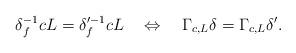
LaTeX: \begin{align*}\delta_f^{-1}c L=\delta_f'^{-1}c L\quad\Leftrightarrow\quad\Gamma_{c,L}\delta=\Gamma_{c,L}\delta'. \end{align*}